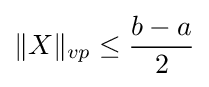
\|X\|_{vp}\leq {\frac {b-a}{2}}